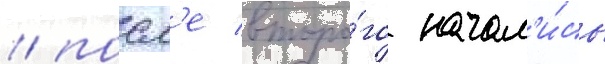
/ посл'е второ́го начал'и́сь